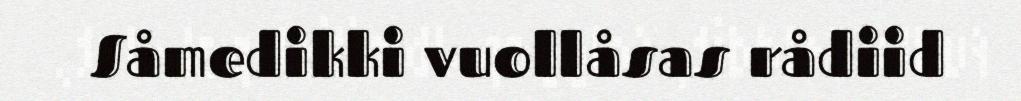
Såmedikki vuollåsas rådiid